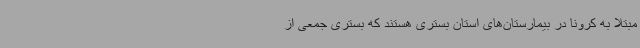
مبتلا به کرونا در بیمارستان‌های استان بستری هستند که بستری جمعی از